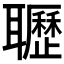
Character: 𦘊